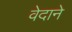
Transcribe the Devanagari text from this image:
वेदाने